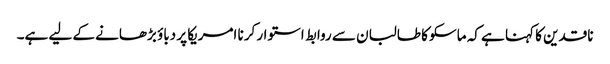
ناقدین کا کہنا ہے کہ ماسکو کا طالبان سے روابط استوار کرنا امریکا پر دباؤ بڑھانے کے لیے ہے۔